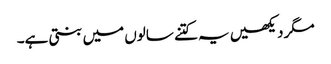
مگر دیکھیں یہ کتنے سالوں میں بنتی ہے۔